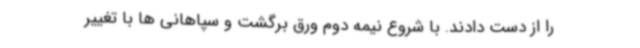
را از دست دادند. با شروع نیمه دوم ورق برگشت و سپاهانی ها با تغییر